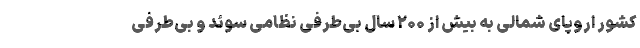
کشور اروپای شمالی به بیش از ۲۰۰ سال بی‌طرفی نظامی سوئد و بی‌طرفی